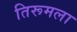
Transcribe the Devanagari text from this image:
तिरूमला